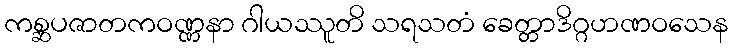
ကစ္ဆပဇာတကဝဏ္ဏနာ ဂါယဿူတိ သရသတံ ခေတ္တာဒိဂ္ဂဟဏဝသေန